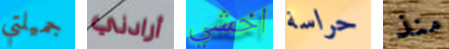
جميلتي أرادني اخشي حراسة منذ